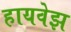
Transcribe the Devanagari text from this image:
हायवेझ